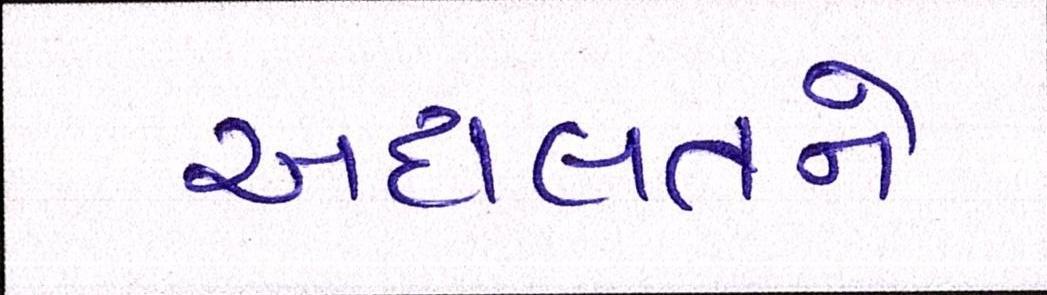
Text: અદાલતને